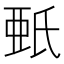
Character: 𣱌